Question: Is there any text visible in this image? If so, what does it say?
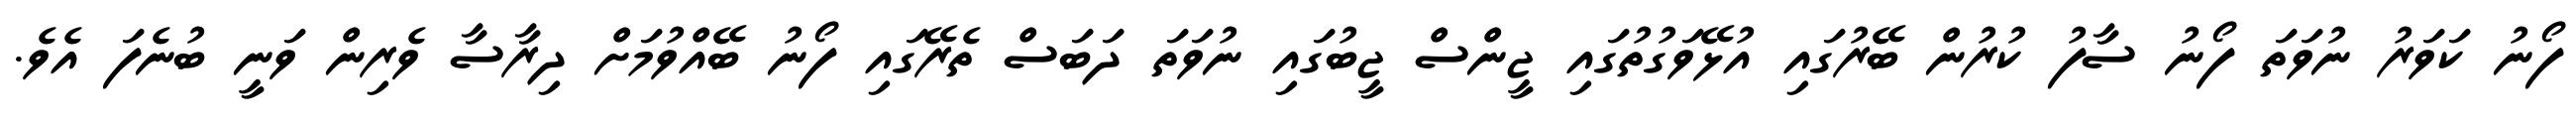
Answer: ފޯނު ކަވަރު ނުވަތަ ފޯނު ސާފު ކުރުން ބޭރުގައި އުޅޭވަގުތުގައި ޖީންސް ޖީބުގައި ނުވަތަ ދަބަސް ތެރޭގައި ފޯނު ބޭއްވުމަށް ދިރާސާ ވެރިން ވަނީ ބުނެފަ އެވެ.